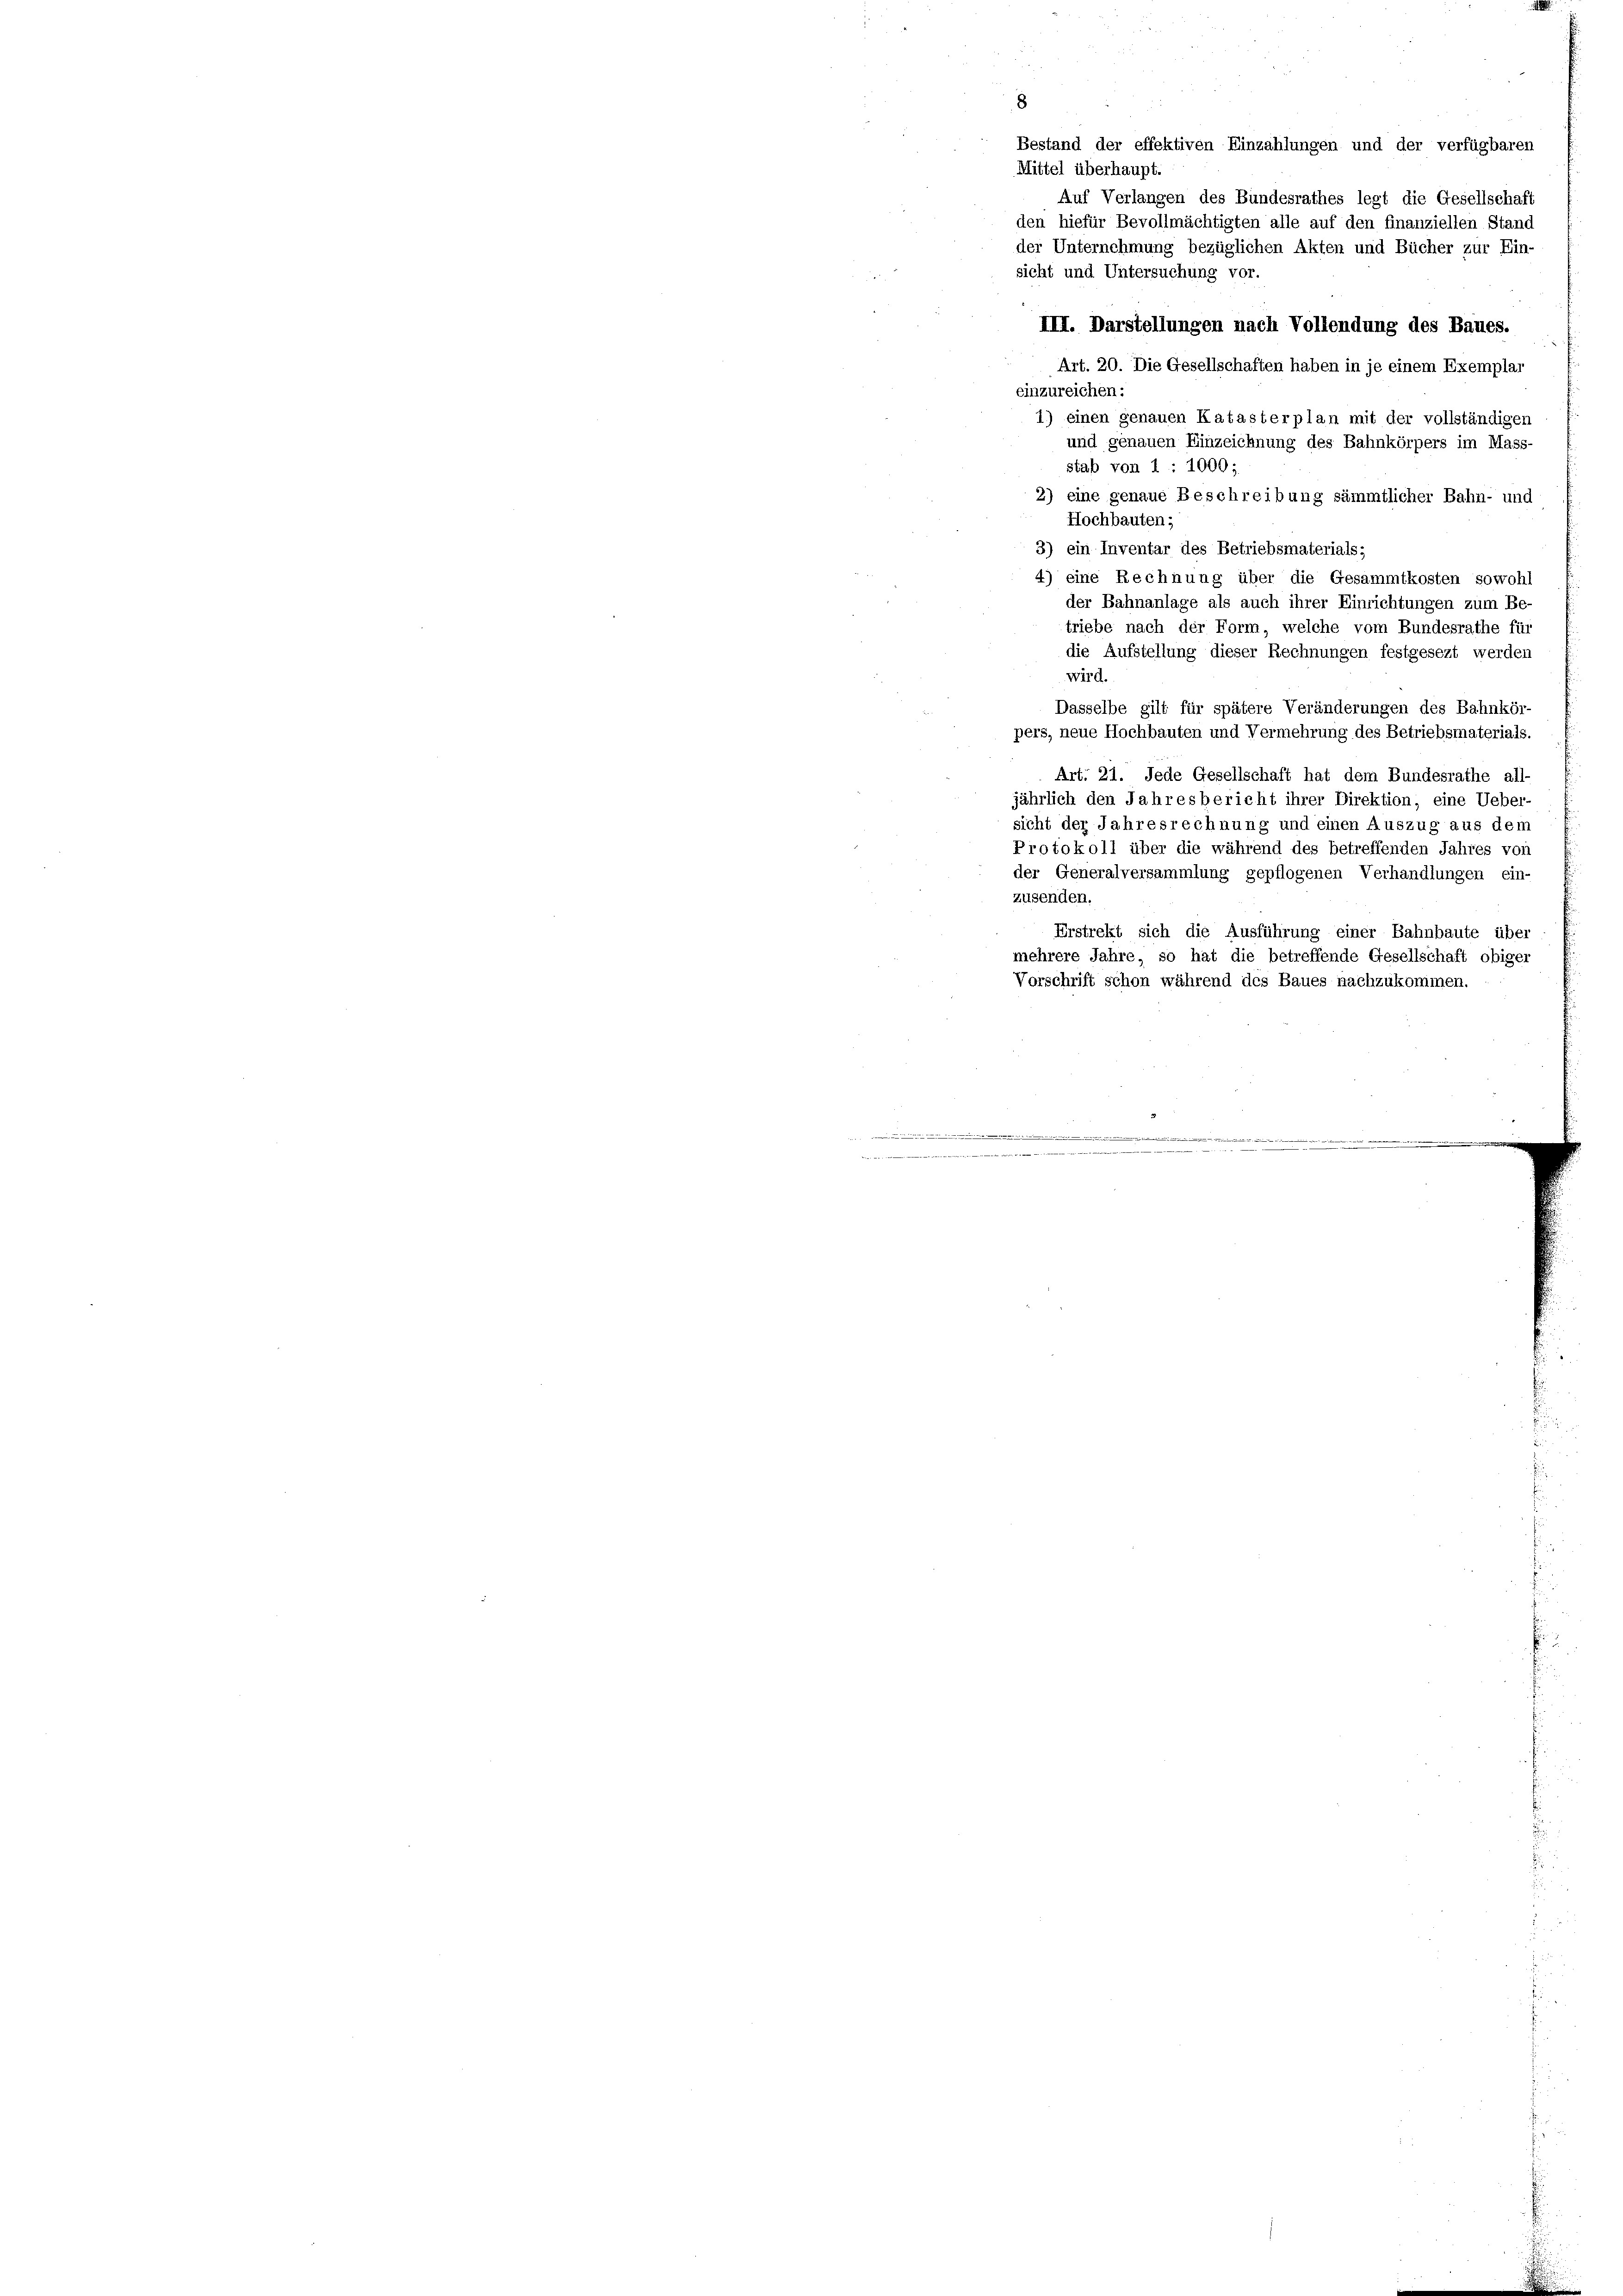
8
Bestand der effektiven Einzahlungen und der verfügbaren
Mittel überhaupt.
Auf Verlangen des Bundesrathes legt die Gesellschaft
den hiefür Bevollmächtigten alle auf den finanziellen Stand
der Unternehmung bezüglichen Akten und Bücher zur Ein-
sicht und Untersuchung vor.
III. Darstellungen nach Vollendung des Baues.
Art. 20. Die Gesellschaften haben in je einem Exemplar
einzureichen:
1) einen genauen Katasterplan mit der vollständigen
und genauen Einzeichnung des Bahnkörpers im Mass
stab von 1 : 1000;
2) eine genaue Beschreibung sämmtlicher Bahn- und
Hochbauten;
3) ein Inventar des Betriebsmaterials;
4) eine Rechnung über die Gesammtkosten sowohl
der Bahnanlage als auch ihrer Einrichtungen zum Be-
triebe nach der Form, welche vom Bundesrathe für
die Aufstellung dieser Rechnungen festgesezt werden
wird.
Dasselbe gilt für spätere Veränderungen des Bahnkör-
pers, neue Hochbauten und Vermehrung des Betriebsmaterials.
Art. 21. Jede Gesellschaft hat dem Bundesrathe all-
jährlich den Jahresbericht ihrer Direktion, eine Ueber-
sicht der Jahresrechnung und einen Auszug aus dem
Protokoll über die während des betreffenden Jahres von
der Generalversammlung gepflogenen Verhandlungen ein-
zusenden.
Erstrekt sich die Ausführung einer Bahnbaute über
mehrere Jahre, so hat die betreffende Gesellschaft obiger
Vorschrift schon während des Baues nachzukommen.